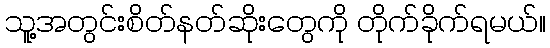
သူ့အတွင်းစိတ်နတ်ဆိုးတွေကို တိုက်ခိုက်ရမယ်။